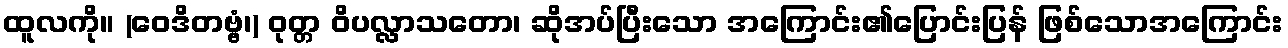
ထူလကို။ (ဝေဒိတဗ္ဗံ၊) ဝုတ္တ ဝိပလ္လာသတော၊ ဆိုအပ်ပြီးသော အကြောင်း၏ပြောင်းပြန် ဖြစ်သောအကြောင်း